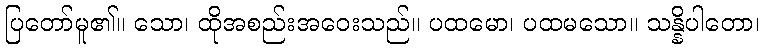
ပြတော်မူ၏။ သော၊ ထိုအစည်းအဝေးသည်။ ပထမော၊ ပထမသော။ သန္နိပါတော၊